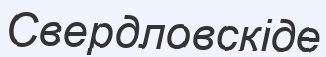
Свердловскіде